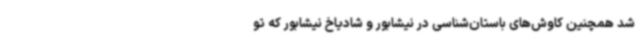
شد همچنین کاوش‌های باستان‌شناسی در نیشابور و شادیاخ نیشابور که تو